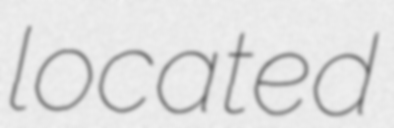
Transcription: located